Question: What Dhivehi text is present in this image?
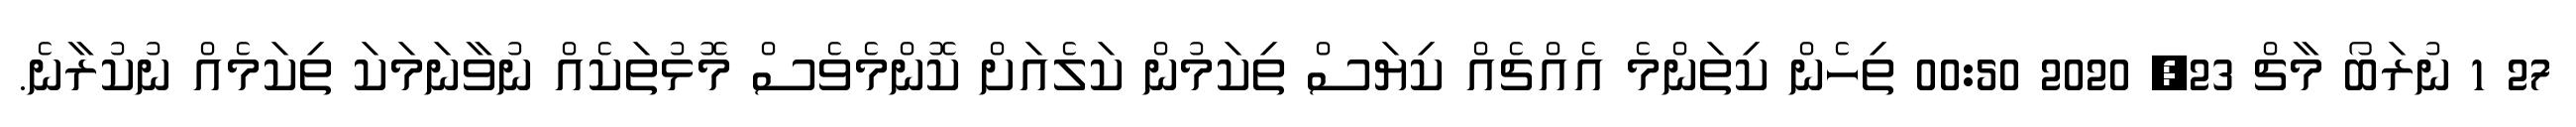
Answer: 27 1 ނުރަބޯ މާޗް 23, 2020 00:50 ތިހެން ކިތަންމެ އެއްޗެއް ކިޔަސް ތިކަމުން ކަލެއަށް ކޮންމެވެސް މޮޅުތަކެއް ނުވާނަމަކަ ތިކަމެއް ނުކުރާނެ.